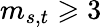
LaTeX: m_{s,t}\geqslant 3